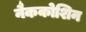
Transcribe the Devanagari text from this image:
नैककोशिन